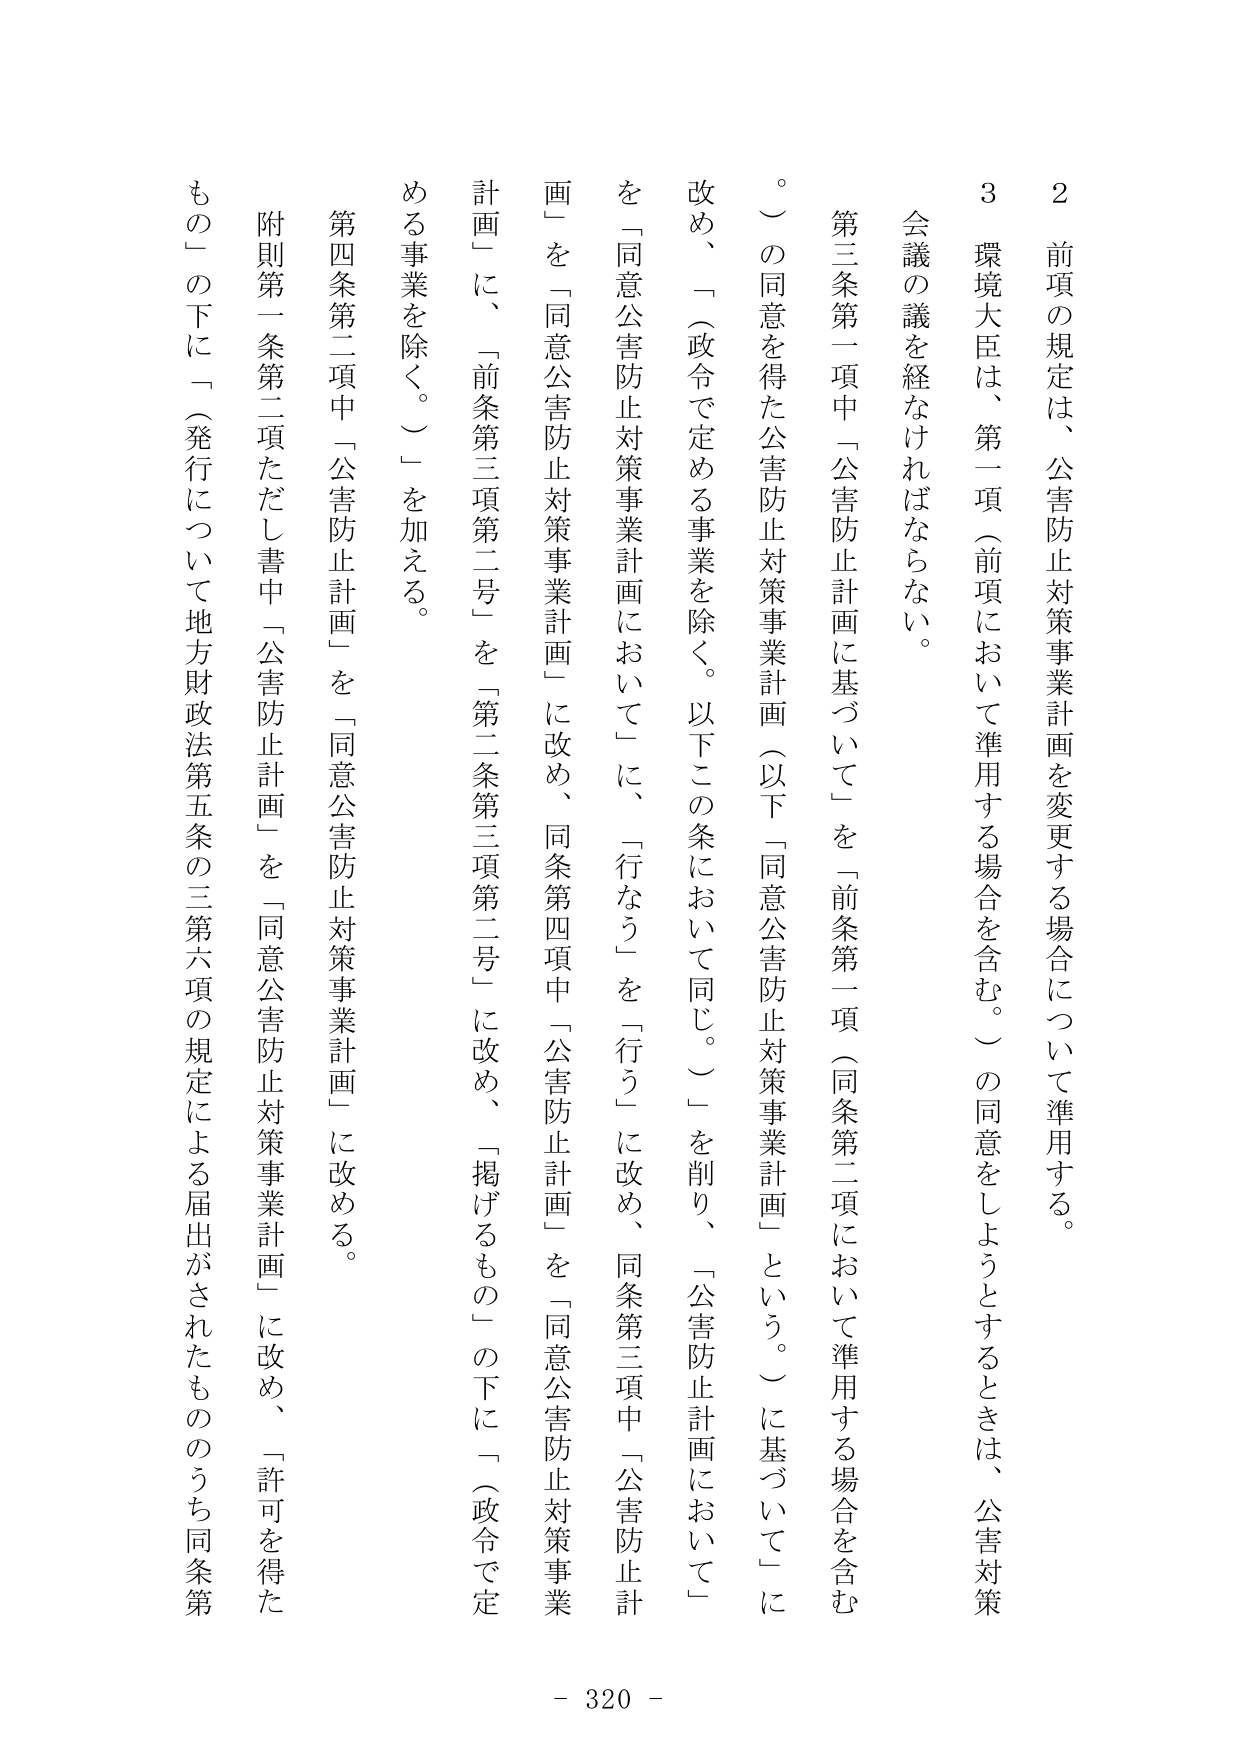
2 前項の規定は、公害防止対策事業計画を変更する場合について準用する。

3 環境大臣は、第一項（前項において準用する場合を含む。）の同意をしようとするときは、公害対策会議の議を経なければならない。

第三条第一項中「公害防止計画に基づいて」を「前条第一項（同条第二項において準用する場合を含む。）の同意を得た公害防止対策事業計画（以下「同意公害防止対策事業計画」という。）に基づいて」に改め、「（政令で定める事業を除く。以下この条において同じ。）」を削り、「公害防止計画において」を「同意公害防止対策事業計画において」に、「行なう」を「行う」に改め、同条第三項中「公害防止計画」を「同意公害防止対策事業計画」に改め、同条第四項中「公害防止計画」を「同意公害防止対策事業計画」に改め、同条第三項第二号を「第二条第三項第二号」に改め、「掲げるものの下に「（政令で定める事業を除く。）」を加える。

第四条第二項中「公害防止計画」を「同意公害防止対策事業計画」に改める。

附則第一条第二項ただし書中「公害防止計画」を「同意公害防止対策事業計画」に改め、「許可を得たもの」の下に「（発行について地方財政法第五条の三第六項の規定による届出がされたもののうち同条第

- 320 -